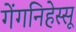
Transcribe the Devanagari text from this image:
गेंगनिहेस्सू